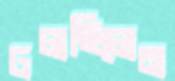
ঢলছিলেন